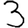
Digit: 3